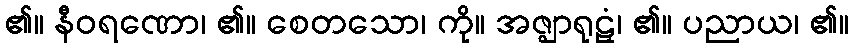
၏။ နီဝရဏော၊ ၏။ စေတသော၊ ကို။ အဇ္ဈာရုဠှံ၊ ၏။ ပညာယ၊ ၏။